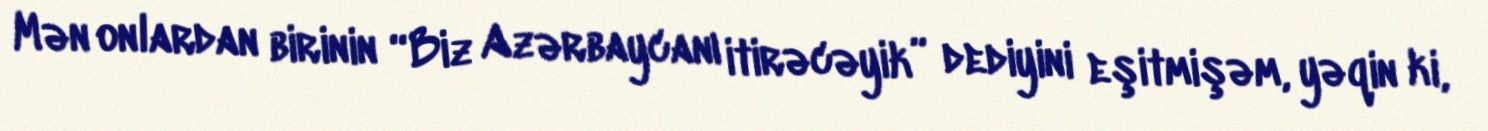
Mən onlardan birinin “Biz Azərbaycanı itirəcəyik” dediyini eşitmişəm, yəqin ki,